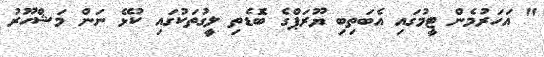
" އަހަރުމެން ޓީމުގައި އެބަތިބި ޔޫރަޕްގެ ބޮެޑެތި ލީގުތަކުގައި ކުޅޭ ނަން މަޝްހޫރު